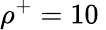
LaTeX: \rho^{+}=10\